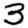
Digit: 3